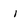
Character: i